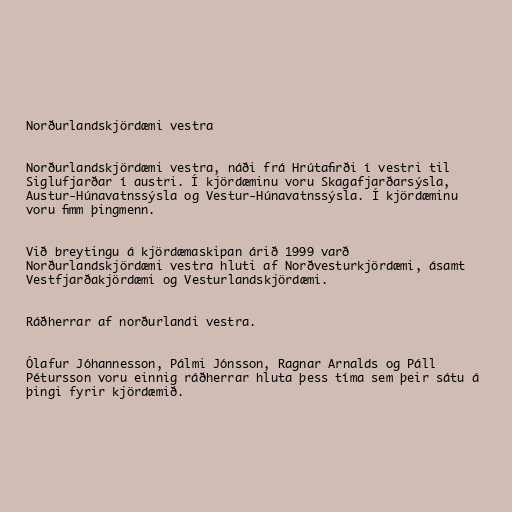
Norðurlandskjördæmi vestra

Norðurlandskjördæmi vestra, náði frá Hrútafirði í vestri til
Siglufjarðar í austri. Í kjördæminu voru Skagafjarðarsýsla,
Austur-Húnavatnssýsla og Vestur-Húnavatnssýsla. Í kjördæminu
voru fimm þingmenn.

Við breytingu á kjördæmaskipan árið 1999 varð
Norðurlandskjördæmi vestra hluti af Norðvesturkjördæmi, ásamt
Vestfjarðakjördæmi og Vesturlandskjördæmi.

Ráðherrar af norðurlandi vestra.

Ólafur Jóhannesson, Pálmi Jónsson, Ragnar Arnalds og Páll
Pétursson voru einnig ráðherrar hluta þess tíma sem þeir sátu á
þingi fyrir kjördæmið.